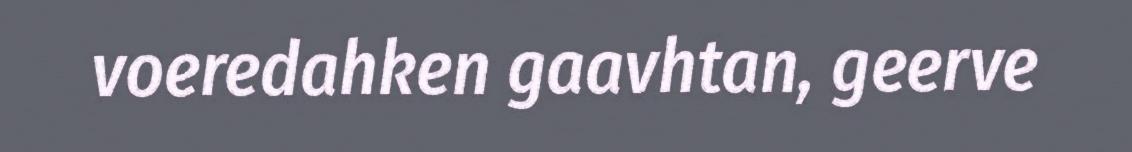
voeredahken gaavhtan, geerve